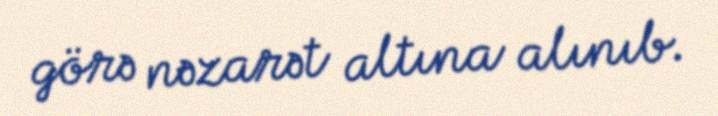
görə nəzarət altına alınıb.